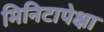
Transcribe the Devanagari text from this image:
मिनिटापेक्षा